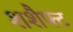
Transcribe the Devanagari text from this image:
शशैफ्ट